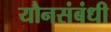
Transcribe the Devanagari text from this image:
यौनसंबंधी